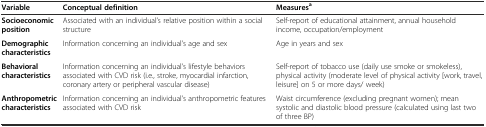
<table><thead><tr><td><b>Variable</b></td><td><b>Conceptual definition</b></td><td><b>Measures<sup>a</sup></b></td></tr></thead><tbody><tr><td><b>Socioeconomic position</b></td><td>Associated with an individual’s relative position within a social structure</td><td>Self-report of educational attainment, annual household income, occupation/employment</td></tr><tr><td><b>Demographic characteristics</b></td><td>Information concerning an individual’s age and sex</td><td>Age in years and sex</td></tr><tr><td><b>Behavioral characteristics</b></td><td>Information concerning an individual’s lifestyle behaviors associated with CVD risk (i.e., stroke, myocardial infarction, coronary artery or peripheral vascular disease)</td><td>Self-report of tobacco use (daily use smoke or smokeless), physical activity (moderate level of physical activity [work, travel, leisure] on 5 or more days/ week)</td></tr><tr><td><b>Anthropometric characteristics</b></td><td>Information concerning an individual’s anthropometric features associated with CVD risk</td><td>Waist circumference (excluding pregnant women); mean systolic and diastolic blood pressure (calculated using last two of three BP)</td></tr></tbody></table>